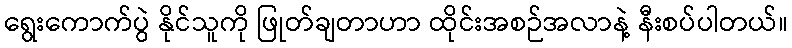
ရွေးကောက်ပွဲ နိုင်သူကို ဖြုတ်ချတာဟာ ထိုင်းအစဉ်အလာနဲ့ နီးစပ်ပါတယ်။